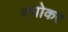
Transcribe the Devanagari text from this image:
क्योकर